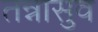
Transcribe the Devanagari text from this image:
तन्नासुव